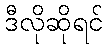
ဒီလိုဆိုရင်